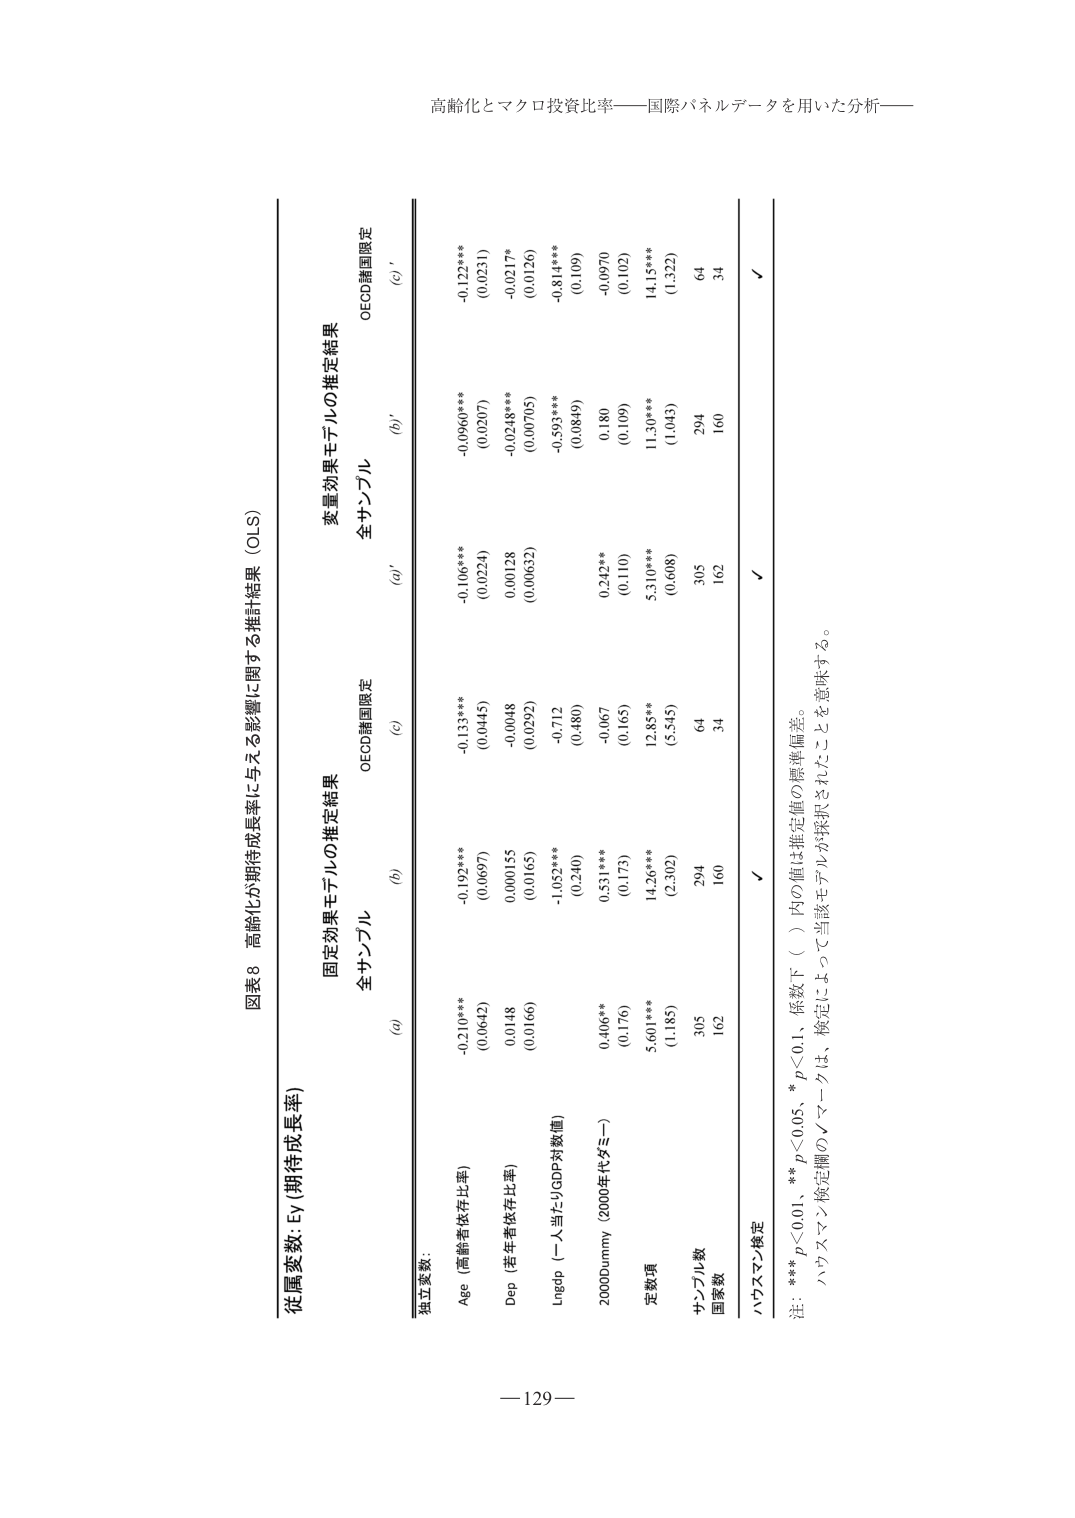
高齢化とマクロ投資比率――国際パネルデータを用いた分析――

図表8 高齢化が期待成長率に与える影響に関する推計結果（OLS）

従属変数: Ey（期待成長率）

固定効果モデルの推定結果
変量効果モデルの推定結果

全サンプル
全サンプル

(a)
(b)
(c)
(a)'
(b)'
(c)'

独立変数:

Age（高齢者依存比率）
-0.210***
-0.192***
-0.133***
-0.106***
-0.0960***
-0.122***
(0.0642)
(0.0697)
(0.0445)
(0.0224)
(0.0247)
(0.0231)

Dep（老年者依存比率）
0.0148
0.000155
-0.0048
0.00128
-0.0248***
-0.0217*
(0.0166)
(0.0165)
(0.0292)
(0.00632)
(0.00705)
(0.0126)

Lndeb（一人当たりGDP対数値）
-1.052***
-0.712
-0.593***
(0.240)
(0.480)
(0.08849)

2000Dummy（2000年代ダミー）
0.406**
0.531***
-0.067
0.242**
0.180
-0.0970
(0.176)
(0.173)
(0.165)
(0.110)
(0.109)
(0.102)

定数項
5.601***
14.26***
12.85***
5.310***
11.30***
14.15***
(1.185)
(2.302)
(5.545)
(0.608)
(1.043)
(1.322)

サンプル数
305
294
64
305
294
64

国数
162
160
34
162
160
34

ハウスマン検定
√
√

注: *** p<0.01、** p<0.05、* p<0.1、括弧下（ ）内の値は推定値の標準偏差。
ハウスマン検定欄の√マークは、検定によって当該モデルが採択されたことを意味する。

—129—